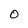
Character: 0